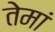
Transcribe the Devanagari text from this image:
तेमां